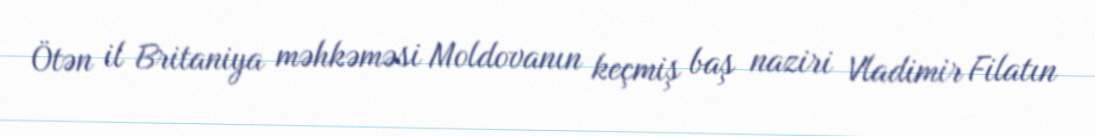
Ötən il Britaniya məhkəməsi Moldovanın keçmiş baş naziri Vladimir Filatın